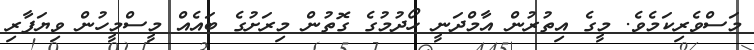
މަސްވެރިކަމެވެ. މީގެ އިތުރުން އާމްދަނީ ހޯދުމުގެ ގޮތުން މިރަށުގެ ބައެއް މީސްމީހުން ވިޔަފާރި